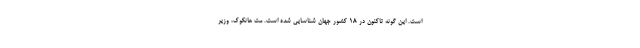
است. این گونه تاکنون در ۱۸ کشور جهان شناسایی شده است. مت هانکوک، وزیر